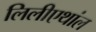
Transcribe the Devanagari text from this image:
लिलीएथांल